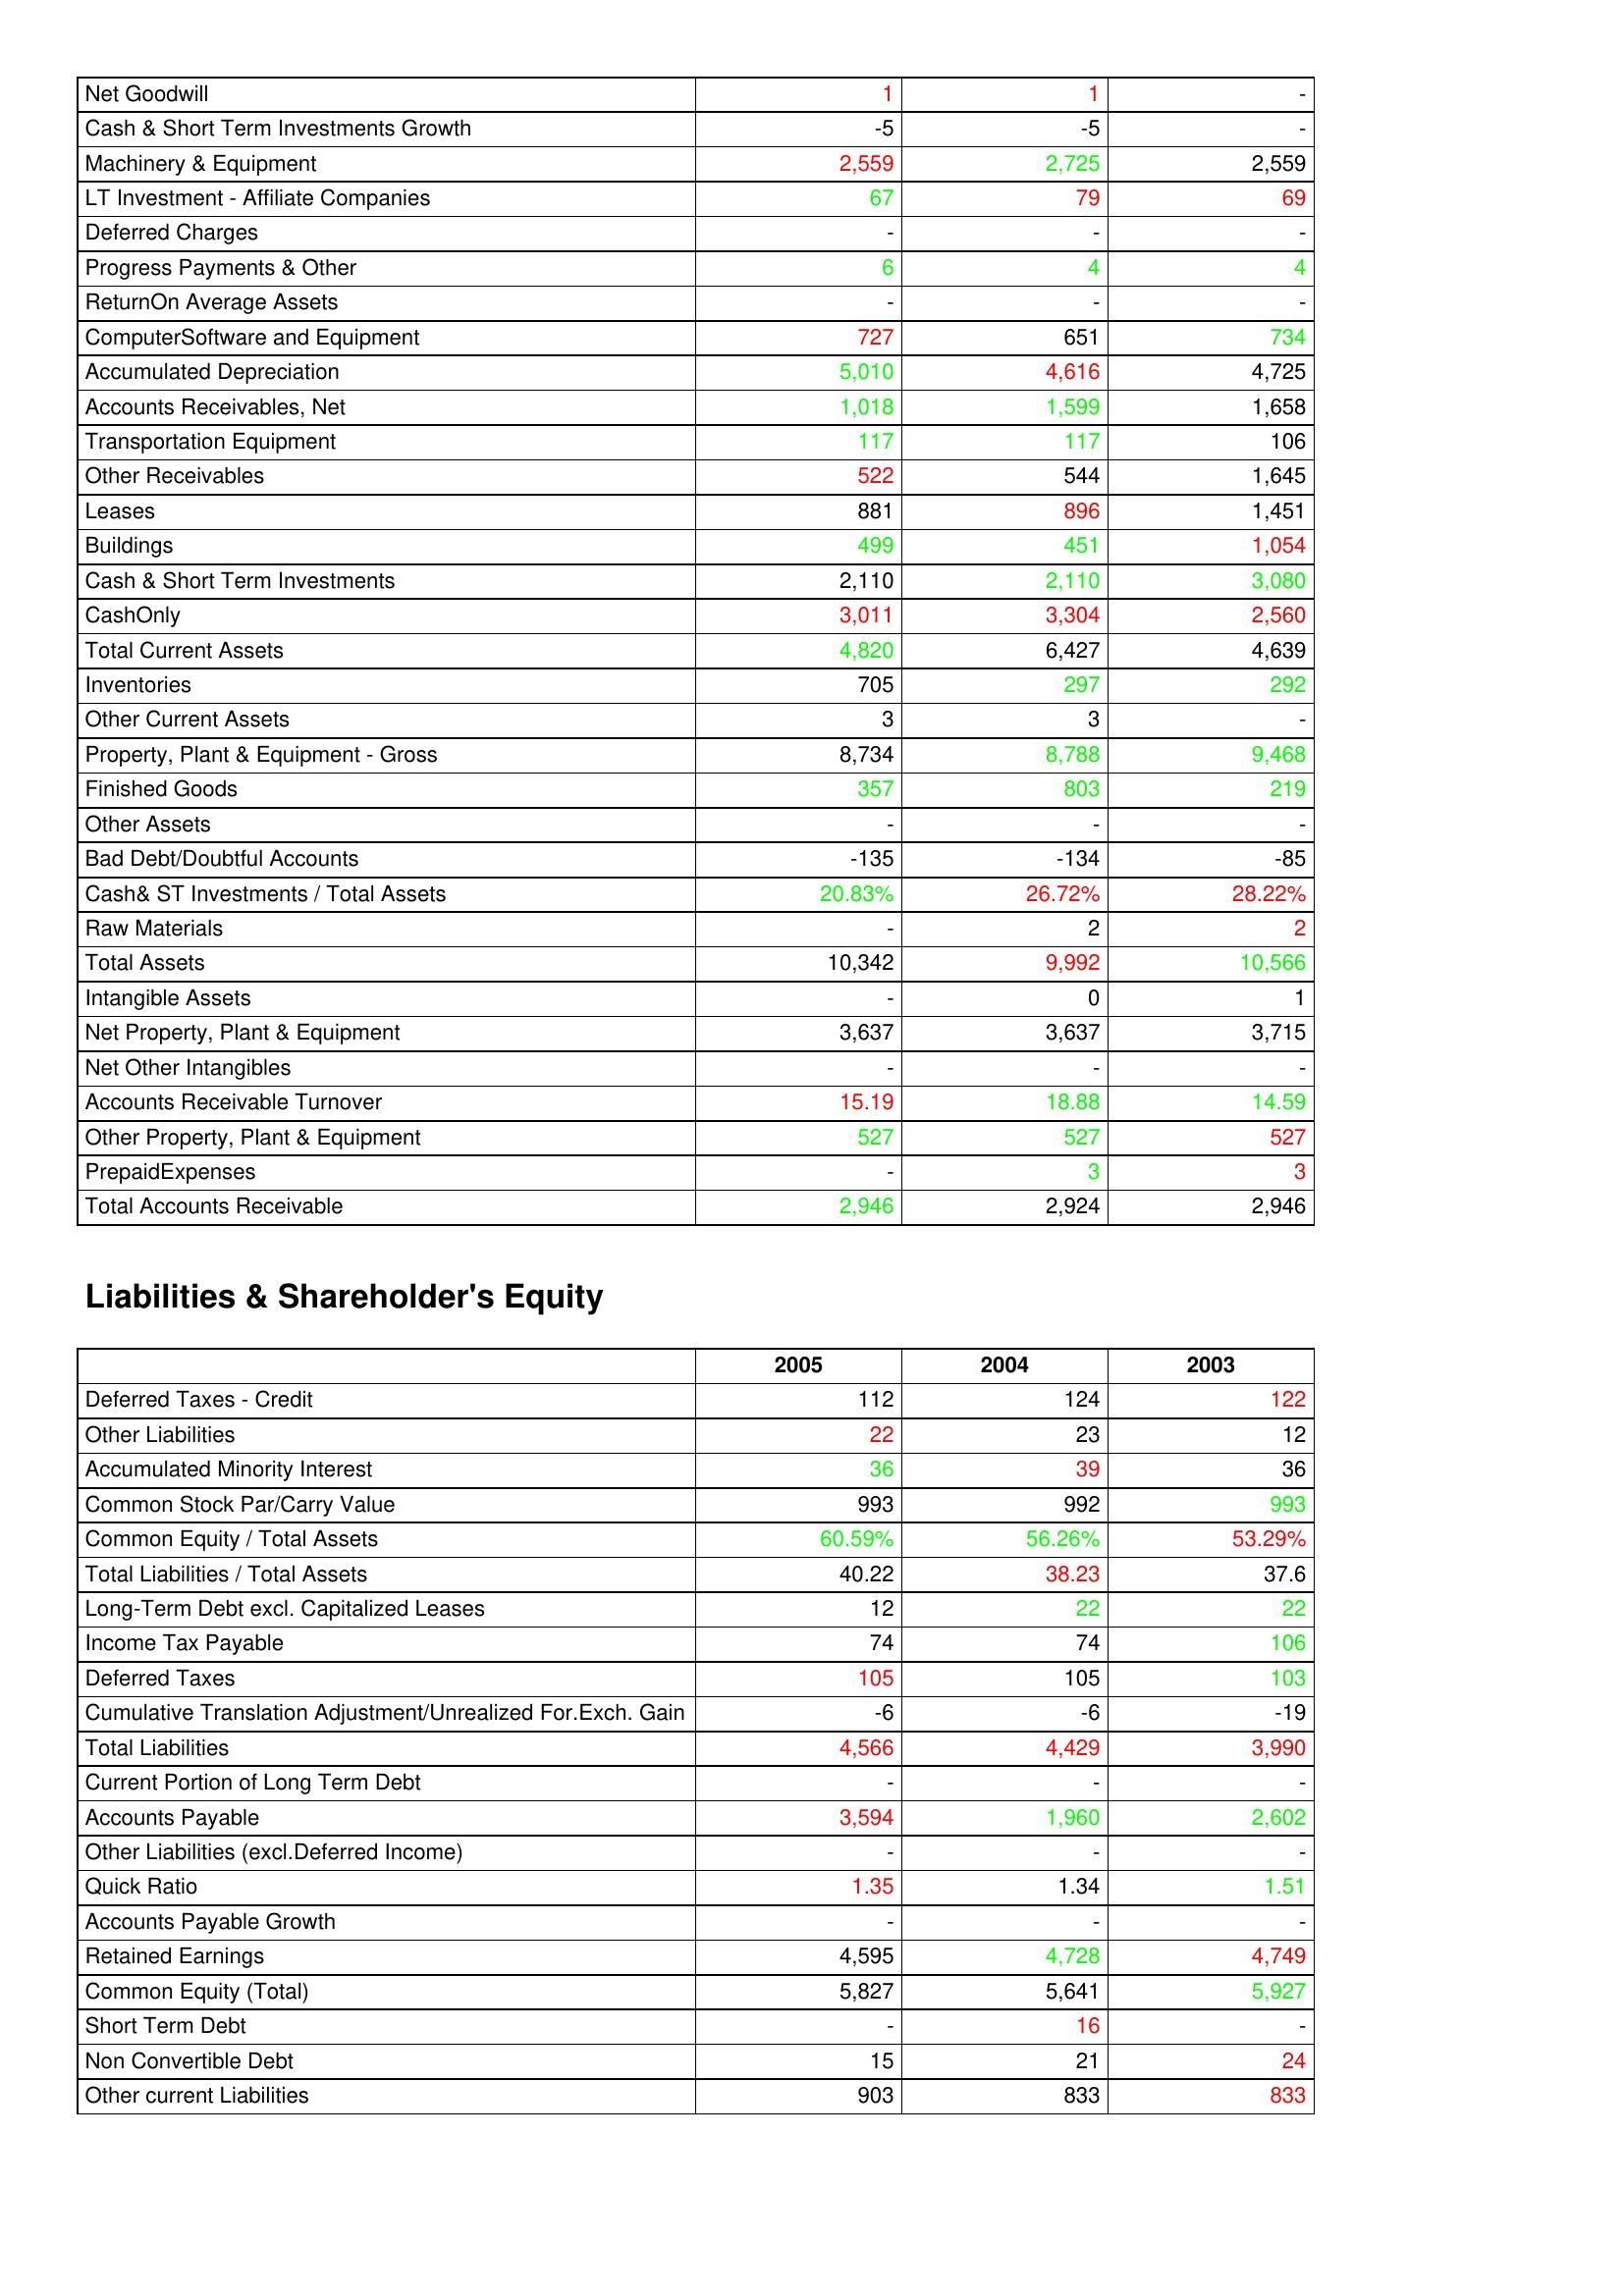
gt_parse: 2005: Assets: Net Goodwill: 1
Cash & Short Term Investments Growth: -5
Machinery & Equipment: 2,559
LT Investment - Affiliate Companies: 67
Deferred Charges: -
Progress Payments & Other: 6
ReturnOn Average Assets: -
ComputerSoftware and Equipment: 727
Accumulated Depreciation: 5,010
Accounts Receivables, Net: 1,018
Transportation Equipment: 117
Other Receivables: 522
Leases: 881
Buildings: 499
Cash & Short Term Investments: 2,110
CashOnly: 3,011
Total Current Assets: 4,820
Inventories: 705
Other Current Assets: 3
Property, Plant & Equipment - Gross : 8,734
Finished Goods: 357
Other Assets: -
Bad Debt/Doubtful Accounts: -135
Cash& ST Investments / Total Assets: 20.83%
Raw Materials: -
Total Assets: 10,342
Intangible Assets: -
Net Property, Plant & Equipment: 3,637
Net Other Intangibles: -
Accounts Receivable Turnover: 15.19
Other Property, Plant & Equipment: 527
PrepaidExpenses: -
Total Accounts Receivable: 2,946
Liabilities & Shareholder's Equity: Deferred Taxes - Credit: 112
Other Liabilities: 22
Accumulated Minority Interest: 36
Common Stock Par/Carry Value: 993
Common Equity / Total Assets: 60.59%
Total Liabilities / Total Assets: 40.22
Long-Term Debt excl. Capitalized Leases: 12
Income Tax Payable: 74
Deferred Taxes: 105
Cumulative Translation Adjustment/Unrealized For.Exch. Gain: -6
Total Liabilities: 4,566
Current Portion of Long Term Debt: -
Accounts Payable: 3,594
Other Liabilities (excl.Deferred Income): -
Quick Ratio: 1.35
Accounts Payable Growth: -
Retained Earnings: 4,595
Common Equity (Total): 5,827
Short Term Debt: -
Non Convertible Debt: 15
Other current Liabilities: 903
2004: Assets: Net Goodwill: 1
Cash & Short Term Investments Growth: -5
Machinery & Equipment: 2,725
LT Investment - Affiliate Companies: 79
Deferred Charges: -
Progress Payments & Other: 4
ReturnOn Average Assets: -
ComputerSoftware and Equipment: 651
Accumulated Depreciation: 4,616
Accounts Receivables, Net: 1,599
Transportation Equipment: 117
Other Receivables: 544
Leases: 896
Buildings: 451
Cash & Short Term Investments: 2,110
CashOnly: 3,304
Total Current Assets: 6,427
Inventories: 297
Other Current Assets: 3
Property, Plant & Equipment - Gross : 8,788
Finished Goods: 803
Other Assets: -
Bad Debt/Doubtful Accounts: -134
Cash& ST Investments / Total Assets: 26.72%
Raw Materials: 2
Total Assets: 9,992
Intangible Assets: 0
Net Property, Plant & Equipment: 3,637
Net Other Intangibles: -
Accounts Receivable Turnover: 18.88
Other Property, Plant & Equipment: 527
PrepaidExpenses: 3
Total Accounts Receivable: 2,924
Liabilities & Shareholder's Equity: Deferred Taxes - Credit: 124
Other Liabilities: 23
Accumulated Minority Interest: 39
Common Stock Par/Carry Value: 992
Common Equity / Total Assets: 56.26%
Total Liabilities / Total Assets: 38.23
Long-Term Debt excl. Capitalized Leases: 22
Income Tax Payable: 74
Deferred Taxes: 105
Cumulative Translation Adjustment/Unrealized For.Exch. Gain: -6
Total Liabilities: 4,429
Current Portion of Long Term Debt: -
Accounts Payable: 1,960
Other Liabilities (excl.Deferred Income): -
Quick Ratio: 1.34
Accounts Payable Growth: -
Retained Earnings: 4,728
Common Equity (Total): 5,641
Short Term Debt: 16
Non Convertible Debt: 21
Other current Liabilities: 833
2003: Assets: Net Goodwill: -
Cash & Short Term Investments Growth: -
Machinery & Equipment: 2,559
LT Investment - Affiliate Companies: 69
Deferred Charges: -
Progress Payments & Other: 4
ReturnOn Average Assets: -
ComputerSoftware and Equipment: 734
Accumulated Depreciation: 4,725
Accounts Receivables, Net: 1,658
Transportation Equipment: 106
Other Receivables: 1,645
Leases: 1,451
Buildings: 1,054
Cash & Short Term Investments: 3,080
CashOnly: 2,560
Total Current Assets: 4,639
Inventories: 292
Other Current Assets: -
Property, Plant & Equipment - Gross : 9,468
Finished Goods: 219
Other Assets: -
Bad Debt/Doubtful Accounts: -85
Cash& ST Investments / Total Assets: 28.22%
Raw Materials: 2
Total Assets: 10,566
Intangible Assets: 1
Net Property, Plant & Equipment: 3,715
Net Other Intangibles: -
Accounts Receivable Turnover: 14.59
Other Property, Plant & Equipment: 527
PrepaidExpenses: 3
Total Accounts Receivable: 2,946
Liabilities & Shareholder's Equity: Deferred Taxes - Credit: 122
Other Liabilities: 12
Accumulated Minority Interest: 36
Common Stock Par/Carry Value: 993
Common Equity / Total Assets: 53.29%
Total Liabilities / Total Assets: 37.6
Long-Term Debt excl. Capitalized Leases: 22
Income Tax Payable: 106
Deferred Taxes: 103
Cumulative Translation Adjustment/Unrealized For.Exch. Gain: -19
Total Liabilities: 3,990
Current Portion of Long Term Debt: -
Accounts Payable: 2,602
Other Liabilities (excl.Deferred Income): -
Quick Ratio: 1.51
Accounts Payable Growth: -
Retained Earnings: 4,749
Common Equity (Total): 5,927
Short Term Debt: -
Non Convertible Debt: 24
Other current Liabilities: 833